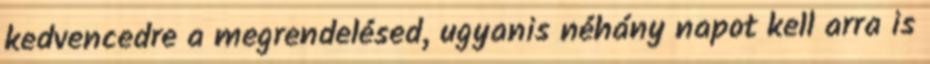
kedvencedre a megrendelésed, ugyanis néhány napot kell arra is